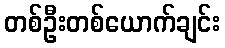
တစ်ဦးတစ်ယောက်ချင်း